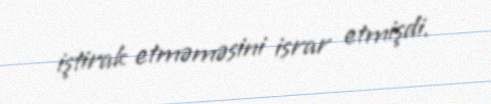
iştirak etməməsini israr etmişdi.